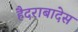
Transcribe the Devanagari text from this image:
हैदराबादेस